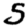
Digit: 5